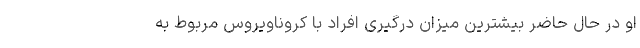
او در حال حاضر بیشترین میزان درگیری افراد با کروناویروس مربوط به